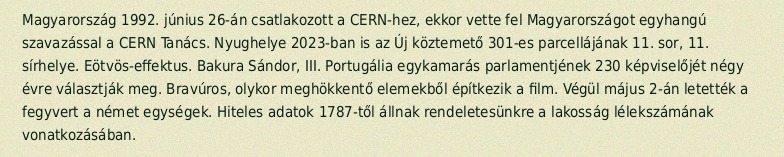
Magyarország 1992. június 26-án csatlakozott a CERN-hez, ekkor vette fel Magyarországot egyhangú szavazással a CERN Tanács. Nyughelye 2023-ban is az Új köztemető 301-es parcellájának 11. sor, 11. sírhelye. Eötvös-effektus. Bakura Sándor, III. Portugália egykamarás parlamentjének 230 képviselőjét négy évre választják meg. Bravúros, olykor meghökkentő elemekből építkezik a film. Végül május 2-án letették a fegyvert a német egységek. Hiteles adatok 1787-től állnak rendeletesünkre a lakosság lélekszámának vonatkozásában.